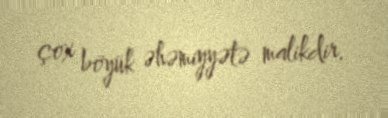
çox böyük əhəmiyyətə malikdir.